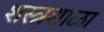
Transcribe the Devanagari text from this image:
शस्त्रशाळा